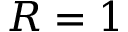
R = 1